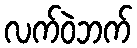
လက်ဝဲဘက်